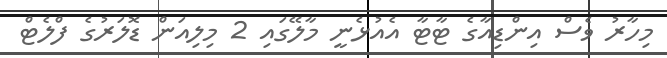
މިހާރު ވެސް އިންޑިއާގެ ޓާޓާ އެއުޅެނީ މާލޭގައި 2 މިލިއަން ޑޮލަރުގެ ފްލެޓް